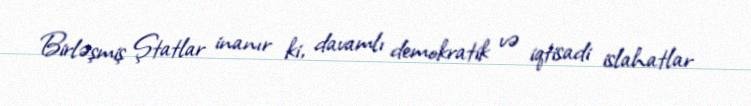
Birləşmiş Ştatlar inanır ki, davamlı demokratik və iqtisadi islahatlar